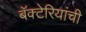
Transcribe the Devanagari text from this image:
बॅक्‍टेरियांची